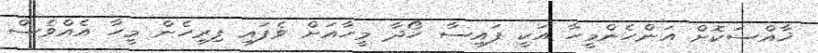
ޚާއްސަކޮށް އަންހެންމީހާ އަކީ ފައިސާ ހޯދާ މީހާއަށް ވެފައި ފިރިހެން މީހާ އެއްވެސް